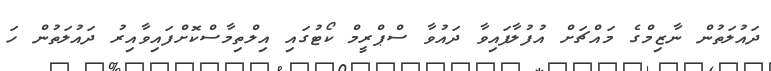
ދައުލަތުން ނާޒިމްގެ މައްޗަށް އުފުލާފައިވާ ދައުވާ ސްޕްރީމް ކޯޓުގައި އިލްތިމާސްކޮށްފައިވާއިރު ދައުލަތުން ހަ